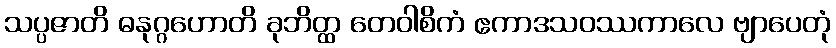
သပ္ပဇာတိ ဓနုဂ္ဂဟောတိ ခုဘိတ္ထ တေဝါစိကံ ဧကာဒသဝဿကာလေ ဗျာပေတုံ